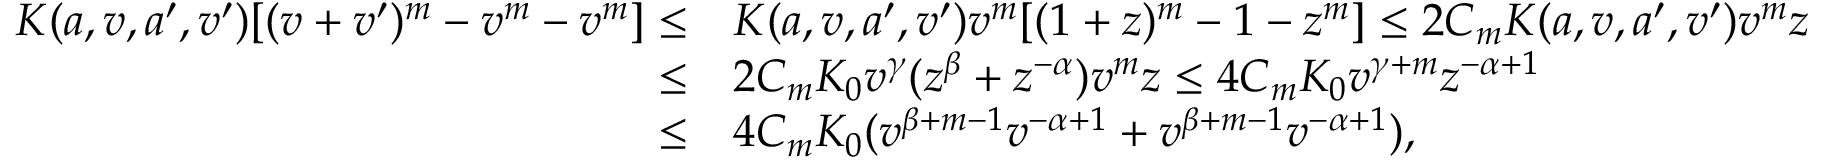
\begin{array} { r l } { K ( a , v , a ^ { \prime } , v ^ { \prime } ) [ ( v + v ^ { \prime } ) ^ { m } - v ^ { m } - v ^ { m } ] \leq } & { K ( a , v , a ^ { \prime } , v ^ { \prime } ) v ^ { m } [ ( 1 + z ) ^ { m } - 1 - z ^ { m } ] \leq 2 C _ { m } K ( a , v , a ^ { \prime } , v ^ { \prime } ) v ^ { m } z } \\ { \leq } & { 2 C _ { m } K _ { 0 } v ^ { \gamma } ( z ^ { \beta } + z ^ { - \alpha } ) v ^ { m } z \leq 4 C _ { m } K _ { 0 } v ^ { \gamma + m } z ^ { - \alpha + 1 } } \\ { \leq } & { 4 C _ { m } K _ { 0 } ( v ^ { \beta + m - 1 } v ^ { - \alpha + 1 } + v ^ { \beta + m - 1 } v ^ { - \alpha + 1 } ) , } \end{array}